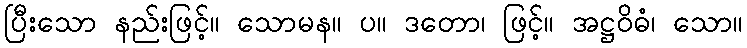
ပြီးသော နည်းဖြင့်။ သောမန။ ပ။ ဒတော၊ ဖြင့်။ အဋ္ဌဝိဓံ၊ သော။